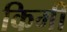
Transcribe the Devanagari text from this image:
किमी